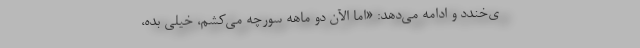
ی‌خندد و ادامه می‌دهد: «‌اما الآن دو ماهه سورچه می‌کشم، خیلی بده،